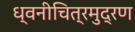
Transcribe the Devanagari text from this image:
ध्वनीचित्रमुद्रण